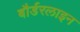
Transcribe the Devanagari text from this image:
बौर्डरलाइन